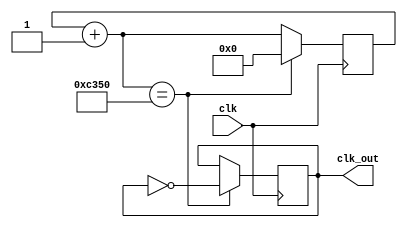
`timescale 1ns / 1ps

module div(
    clk,
    clk_out
);
input clk;
reg [31:0]c = 0; 
output reg clk_out = 0;
    
always@(posedge clk)begin
    c = c + 1;
    if(c == 50000)begin 
        clk_out = ~clk_out;
        c = 0;
    end
end

endmodule